Insane asylums Bombay 1873-77 - 1873-1877
Year: 1873
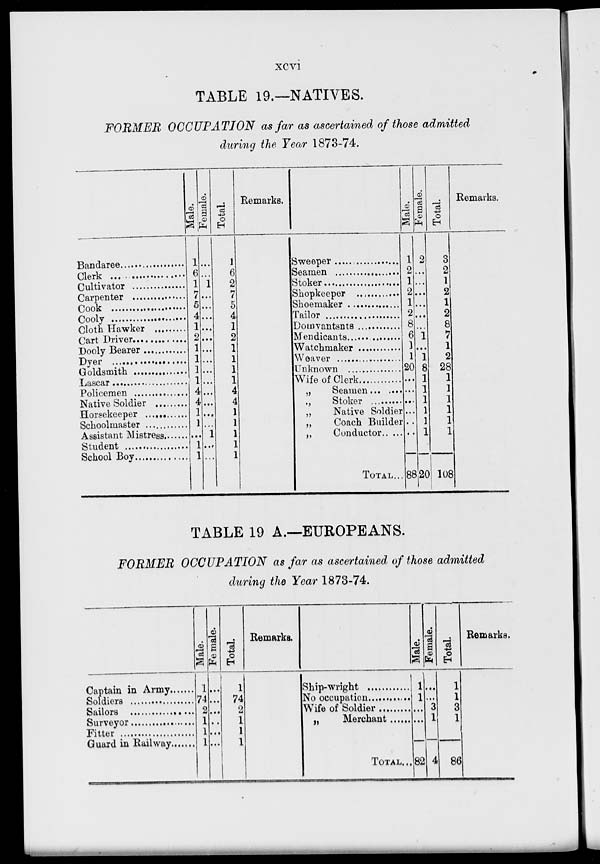
xcvi
TABLE 19.—NATIVES.
FORMER OCCUPATION as far as ascertained of those admitted
during the Year 1873-74.
Bandaree .................
Clerk ......................
Cultivator ......................
Carpentar ......................
Cook ......................
Cooly ......................
Cloth Hawker ................
Cart Driver ...................
Dooly Bearer ..................
Dyer ..................
Goldsmith ..................
Lascar ..................
Policemen ..................
Native Soldier ..............
Horsekeeper
Schoolmaster ..................
Assistant Mistress..................
Student ..................
School Boy ..................
Male.
1
6
1
7
5
4
1
2
1
1
1
1
4
4
1
1
...
1
1
Female.
...
...
1
...
...
...
...
...
...
...
...
...
...
...
...
...
1
...
...
Total.
1
6
2
7
5
4
1
2
1
1
1
1
4
4
1
1
1
1
1
Sweeper .................
Seaman .................
Stoker .................
Shopkeeper .................
Shoemaker .................
Tailor
Domvantsnts .................
Mendicants .................
Watchmaker .................
Weaver .................
Unknown
Wife of Clerk .................
„
Seamen ... ....
„ Stoker .................
„
Native Soldier
„
Coach Builder
„ Conductor .. ....
TOTAL ...
Male.
1
2
1
2
1
2
8
6
1
1
20
...
...
...
...
...
...
88
Female.
2
...
...
...
...
...
...
1
...
1
8
1
1
1
1
1
1
20
Total.
3
2
1
2
1
2
8
7
1
2
28
1
1
1
1
1
1
108
Remarks.
TABLE 19 A.—EUROPEANS.
FORMER OCCUPATION as far as ascertained of those admitted
during the Year 1873-74.
Captian in Army ............
Soldiers .........................
Sailors .........................
Surveyor ........................
Fitter .........................
Guard in Railway ..........
Male.
1
74
2
1
1
1
Female.
...
...
...
...
...
...
Total.
1
74
2
1
1
1
Remarks.
Ship-wright ..............
No occupation ..............
Wife of Soldier ..............
„ Merchant .......
TOTAL ...
Male.
1
1
...
...
82
Female.
...
...
3
1
4
Total.
1
1
3
1
86
Remarks.